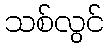
သစ်လွင်